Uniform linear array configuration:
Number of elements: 32
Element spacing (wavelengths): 0.5
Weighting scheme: hann
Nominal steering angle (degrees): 45
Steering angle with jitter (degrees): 44.98
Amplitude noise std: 0.05
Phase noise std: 0.05

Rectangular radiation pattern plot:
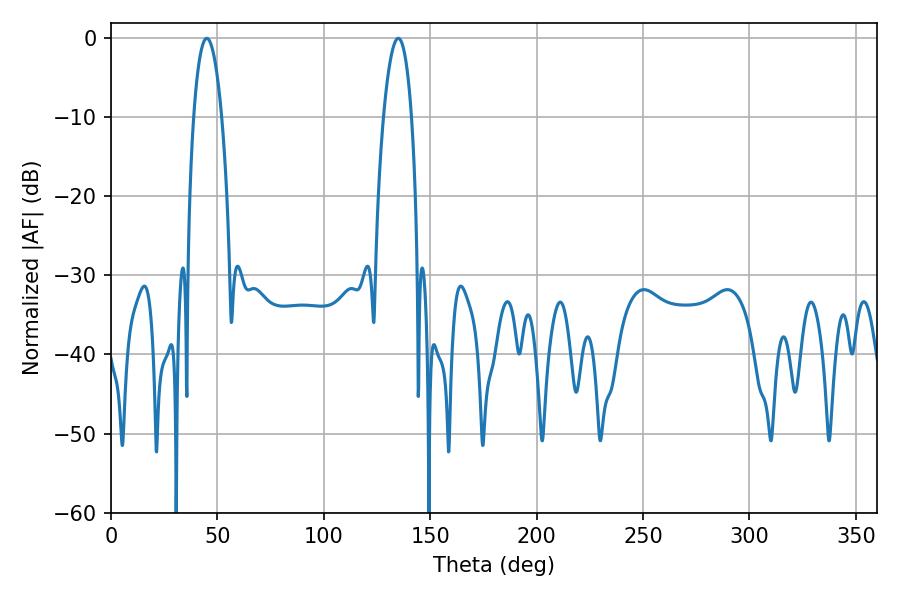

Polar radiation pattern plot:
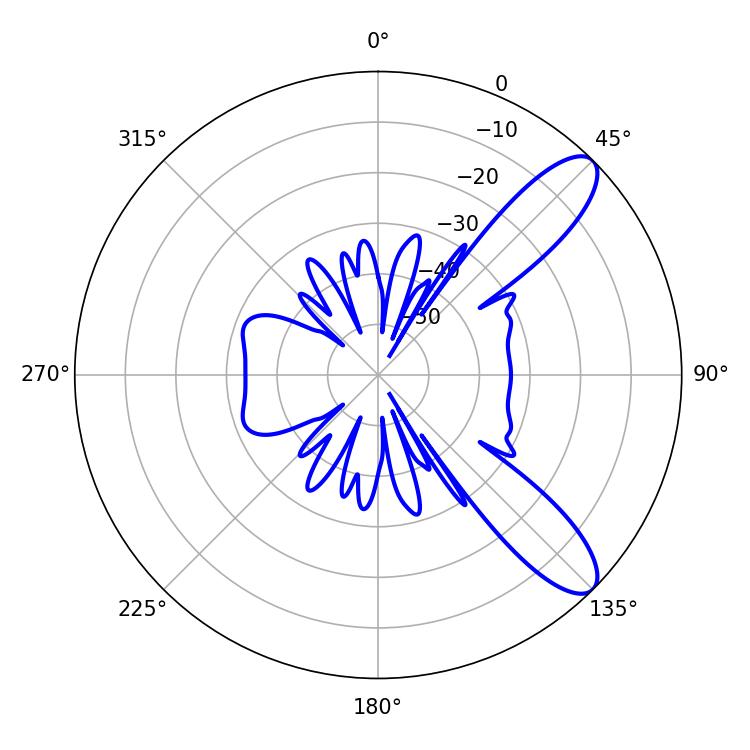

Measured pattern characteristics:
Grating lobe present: FALSE
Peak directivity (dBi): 10.125
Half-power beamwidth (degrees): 7.38
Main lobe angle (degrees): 45